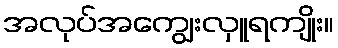
အလုပ်အကျွေးလှူရကျိုး။